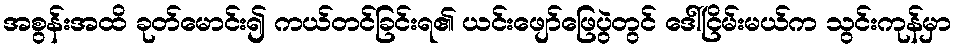
အစွန်းအထိ ခုတ်မောင်း၍ ကယ်တင်ခြင်းရ၏ ယင်းဖျော်ဖြေပွဲတွင် ဒေါ်ငြိမ်းမယ်က သွင်းကုန်မှာ